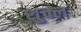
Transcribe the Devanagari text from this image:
शु्क्ल